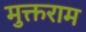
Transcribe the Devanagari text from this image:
मुक्तराम